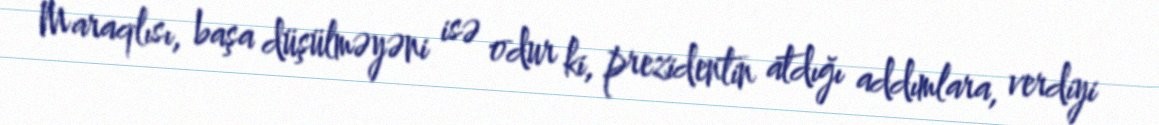
Maraqlısı, başa düşülməyəni isə odur ki, prezidentin atdığı addımlara, verdiyi